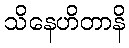
သိနေဟိတာနိ